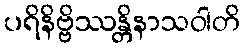
ပရိနိဗ္ဗိဿန္တိနာသဝါတိ